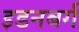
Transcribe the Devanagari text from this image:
इडनबर्ग